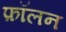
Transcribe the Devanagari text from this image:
फ़ॉलन